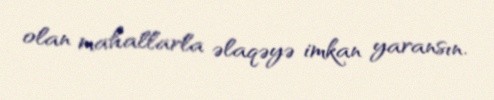
olan mahallarla əlaqəyə imkan yaransın.